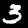
Digit: 3